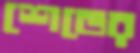
শেভের